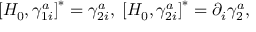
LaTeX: \left[ H _ { 0 } , \gamma _ { 1 i } ^ { a } \right] ^ { * } = \gamma _ { 2 i } ^ { a } , \; \left[ H _ { 0 } , \gamma _ { 2 i } ^ { a } \right] ^ { * } = \partial _ { i } \gamma _ { 2 } ^ { a } ,